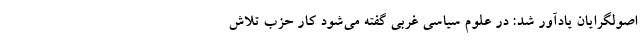
اصولگرایان یادآور شد: در علوم سیاسی غربی گفته می‌شود کار حزب تلاش